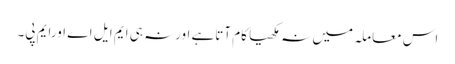
اس معاملہ میں نہ مکھیا کام آتاہے اورنہ ہی ایم ایل اے اورایم پی۔